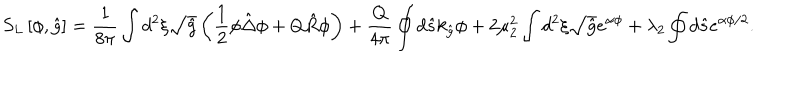
{ S _ { L } } \left[ \phi , \hat { g } \right] = { \frac { 1 } { 8 \pi } } \int { d ^ { 2 } } \xi \sqrt { \hat { g } } \left( { \frac { 1 } { 2 } } \phi \hat { \Delta } \phi + Q \hat { R } \phi \right) + { \frac { Q } { 4 \pi } } \oint { d } \hat { s } { k _ { \hat { g } } } \phi + 2 { \mu _ { 2 } ^ { 2 } } \int { d ^ { 2 } } \xi \sqrt { \hat { g } } { e ^ { \alpha \phi } } + { \lambda _ { 2 } } \oint { d } \hat { s } { e ^ { \alpha \phi / 2 } } .